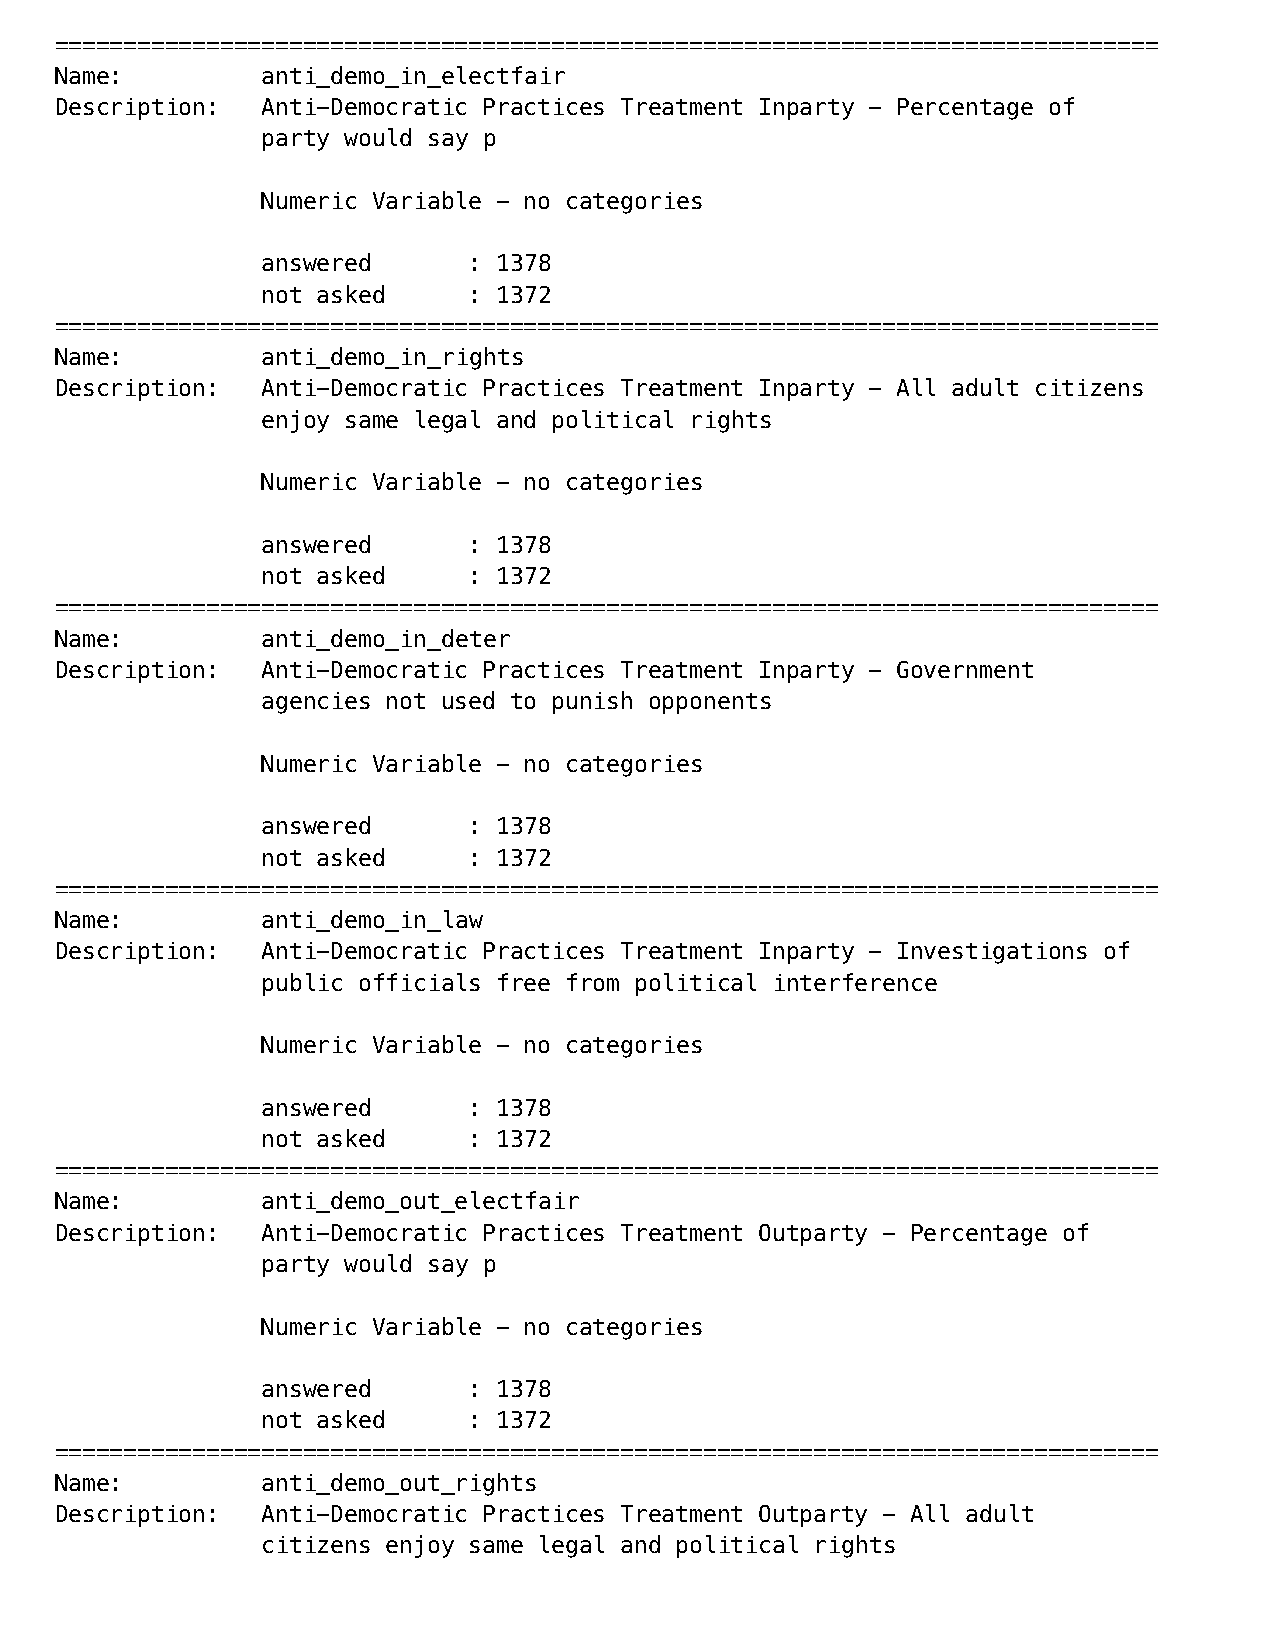
================================================================================
 Name:        anti_demo_in_electfair
 Description: Anti-Democratic Practices Treatment Inparty - Percentage of
 party would say p
 Numeric Variable - no categories
 answered      : 1378
 not asked     : 1372
 ================================================================================
 Name:        anti_demo_in_rights
 Description: Anti-Democratic Practices Treatment Inparty - All adult citizens
 enjoy same legal and political rights
 Numeric Variable - no categories
 answered      : 1378
 not asked     : 1372
 ================================================================================
 Name:        anti_demo_in_deter
 Description: Anti-Democratic Practices Treatment Inparty - Government
 agencies not used to punish opponents
 Numeric Variable - no categories
 answered      : 1378
 not asked     : 1372
 ================================================================================
 Name:        anti_demo_in_law
 Description: Anti-Democratic Practices Treatment Inparty - Investigations of
 public officials free from political interference
 Numeric Variable - no categories
 answered      : 1378
 not asked     : 1372
 ================================================================================
 Name:        anti_demo_out_electfair
 Description: Anti-Democratic Practices Treatment Outparty - Percentage of
 party would say p
 Numeric Variable - no categories
 answered      : 1378
 not asked     : 1372
 ================================================================================
 Name:        anti_demo_out_rights
 Description: Anti-Democratic Practices Treatment Outparty - All adult
 citizens enjoy same legal and political rights